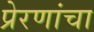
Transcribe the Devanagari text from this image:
प्रेरणांचा